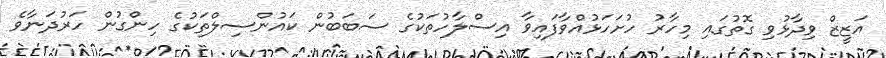
އަޒީޒް ވިދާޅުވި ގޮތުގައި މިހާރު ހުށަހަޅުއްވާފައިވާ އިސްލާހުތަކުގެ ސަބަބުން ކައުންސިލްތަކުގެ ހިންގުން ހަރުދަނާވެ